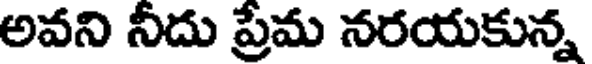
అవని నీదు ప్రమ నరయకున్న